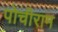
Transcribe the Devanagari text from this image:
पोचीराम